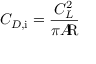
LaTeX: C _ { D , { \mathrm { i } } } = { \frac { C _ { L } ^ { 2 } } { \pi A \! \! { \mathrm { R } } } }